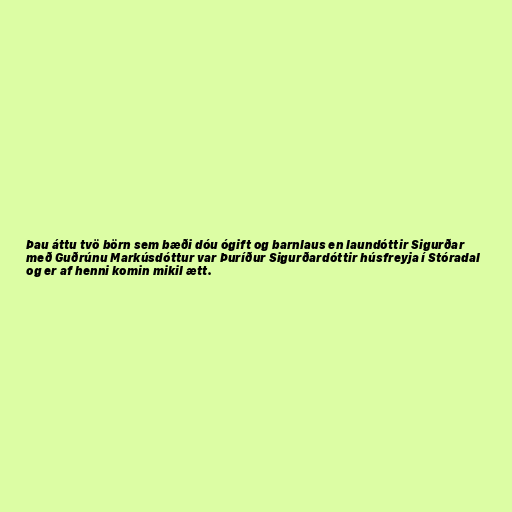
Þau áttu tvö börn sem bæði dóu ógift og barnlaus en laundóttir Sigurðar
með Guðrúnu Markúsdóttur var Þuríður Sigurðardóttir húsfreyja í Stóradal
og er af henni komin mikil ætt.